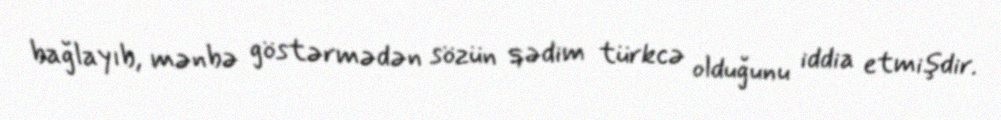
bağlayıb, mənbə göstərmədən sözün qədim türkcə olduğunu iddia etmişdir.